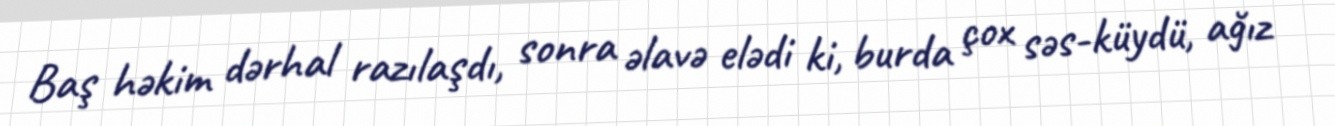
Baş həkim dərhal razılaşdı, sonra əlavə elədi ki, burda çox səs-küydü, ağız